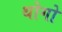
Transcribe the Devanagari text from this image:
थोगो